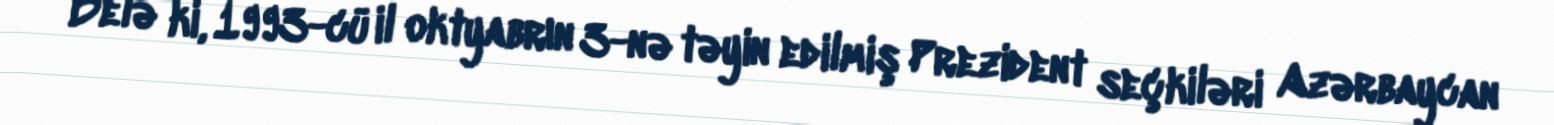
Belə ki, 1993-cü il oktyabrın 3-nə təyin edilmiş Prezident seçkiləri Azərbaycan